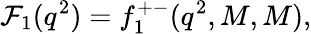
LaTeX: {\cal F}_{1}(q^{2})=f_{1}^{+-}(q^{2},M,M),